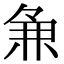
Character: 𬻵